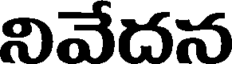
నివేదన